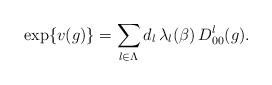
LaTeX: \begin{align*}\exp\{v(g)\}=\sum_{l\in\Lambda }d_{l}\,\lambda _{l}(\beta )\,D^l_{00}(g).\end{align*}